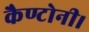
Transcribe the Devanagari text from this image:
कैण्टोनी।